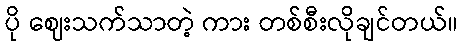
ပို ဈေးသက်သာတဲ့ ကား တစ်စီးလိုချင်တယ်။